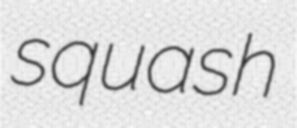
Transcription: squash